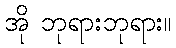
အို ဘုရားဘုရား။